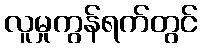
လူမှုကွန်ရက်တွင်